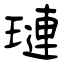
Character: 璉